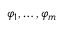
\varphi _ { 1 } , \ldots , \varphi _ { m }